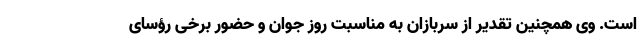
است. وی همچنین تقدیر از سربازان به مناسبت روز جوان و حضور برخی رؤسای